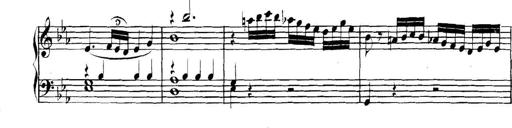
Title: Collected Piano Sonatas
Composer: Muzio Clementi